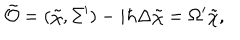
\tilde { \cal O } = ( \tilde { \chi } , \Sigma ^ { \prime } ) - i \hbar \Delta \tilde { \chi } = \Omega ^ { \prime } \tilde { \chi } ,